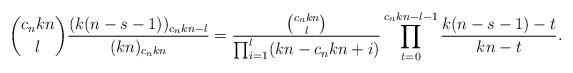
LaTeX: \begin{align*}\binom{c_nkn}l\frac{(k(n-s-1))_{c_nkn-l}}{(kn)_{c_nkn}}=\frac{\binom{c_nkn}l}{\prod_{i=1}^l(kn-c_nkn+i)}\prod_{t=0}^{c_nkn-l-1}\frac{k(n-s-1)-t}{kn-t}.\end{align*}